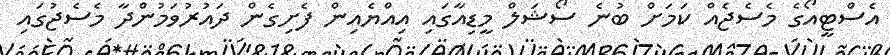
އެސްޓީއޯގެ މެސެޖެއް ކަމަށް ބުނެ ސޯޝަލް މީޑިއާގައި އިއްޔެއިން ފެށިގެން ދައުރުވަމުންދާ މެސެޖުގައި